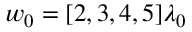
w _ { 0 } = [ 2 , 3 , 4 , 5 ] \lambda _ { 0 }